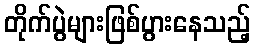
တိုက်ပွဲများဖြစ်ပွားနေသည့်